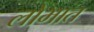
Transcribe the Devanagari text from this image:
लोभात